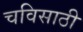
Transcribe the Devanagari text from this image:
चविसाठी